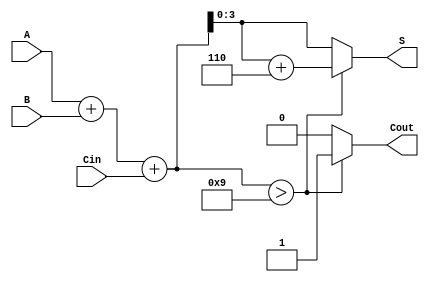
module BCD_Hybrid_Adder (
    input [3:0] A,      // First BCD input
    input [3:0] B,      // Second BCD input
    input Cin,          // Carry-in
    output reg [3:0] S, // BCD sum output
    output reg Cout     // Carry-out
);

    wire [4:0] Temp;   // Temporary result (5 bits)
    
    // Step 1: Binary addition
    assign Temp = A + B + Cin;

    // Step 2: BCD Correction Logic
    always @* begin
        if (Temp > 9) begin
            S = Temp + 6; // Adjust to valid BCD range
            Cout = 1;     // Generate carry-out
        end else begin
            S = Temp[3:0]; // No adjustment needed
            Cout = 0;      // No carry-out
        end
    end

endmodule